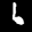
Label: 6